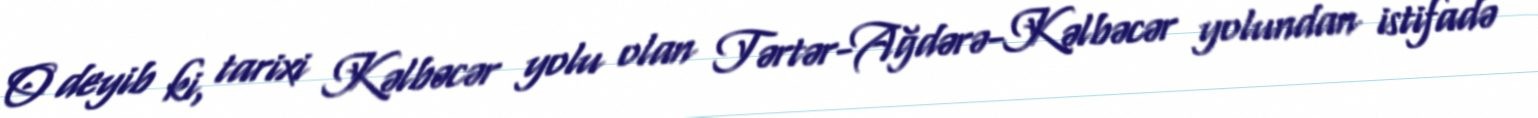
O deyib ki, tarixi Kəlbəcər yolu olan Tərtər-Ağdərə-Kəlbəcər yolundan istifadə